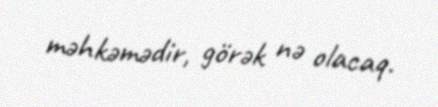
məhkəmədir, görək nə olacaq.